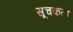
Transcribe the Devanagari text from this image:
सूचकता